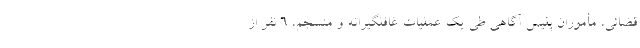
قضائی، مأموران پلیس آگاهی طی یک عملیات غافلگیرانه و منسجم، ۶ نفر از